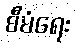
စီမံရေး